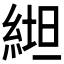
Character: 𱹶